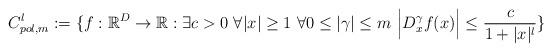
LaTeX: \begin{align*}C^l_{pol,m}:=\lbrace f:{\mathbb R}^D\rightarrow{\mathbb R}:\exists c>0~ \forall |x|\geq 1~ \forall 0\leq |\gamma|\leq m~ {\Big |}D^{\gamma}_xf(x){\Big |}\leq \frac{c}{1+|x|^l}\rbrace\end{align*}